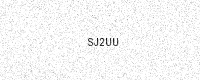
Text: SJ2UU